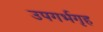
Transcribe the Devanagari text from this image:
उपगर्भगृह